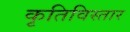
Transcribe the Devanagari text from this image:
कृतिविस्तार